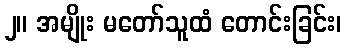
၂။ အမျိုး မတော်သူထံ တောင်းခြင်း၊